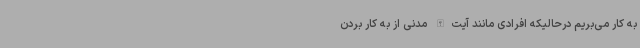
به کار می‌بریم درحالیکه افرادی مانند آیت‌الله مدنی از به کار بردن